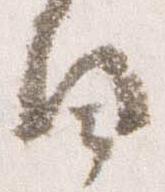
日